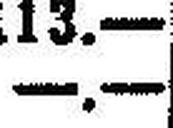
—.—